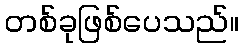
တစ်ခုဖြစ်ပေသည်။